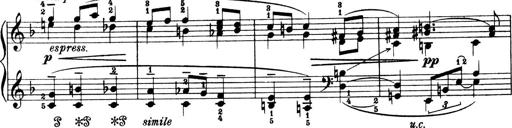
Title: 4 Sonatines
Composer: Max Reger